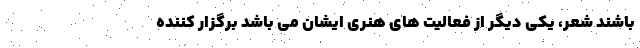
باشند شعر، یکی دیگر از فعالیت های هنری ایشان می باشد برگزار کننده